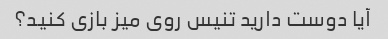
آیا دوست دارید تنیس روی میز بازی کنید؟